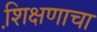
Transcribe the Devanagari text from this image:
शि़क्षणाचा